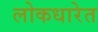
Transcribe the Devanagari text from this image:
लोकधारेत